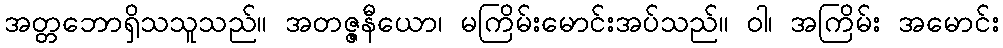
အတ္တဘောရှိသသူသည်။ အတဇ္ဇနီယော၊ မကြိမ်းမောင်းအပ်သည်။ ဝါ၊ အကြိမ်း အမောင်း